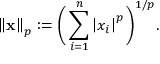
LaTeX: \left\| \mathbf { x } \right\| _ { p } : = { \bigg ( } \sum _ { i = 1 } ^ { n } \left| x _ { i } \right| ^ { p } { \bigg ) } ^ { 1 / p } .